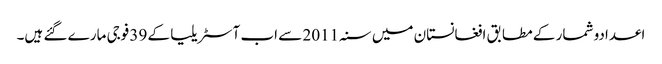
اعدادو شمار کے مطابق افغانستان میں سنہ 2011 سے اب آسٹریلیا کے 39 فوجی مارے گئے ہیں۔